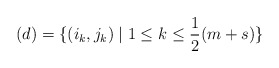
\begin{align*} (d)=\{(i_k, j_k)\mid 1\le k\le \frac12(m+s)\}\end{align*}